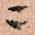
ニ